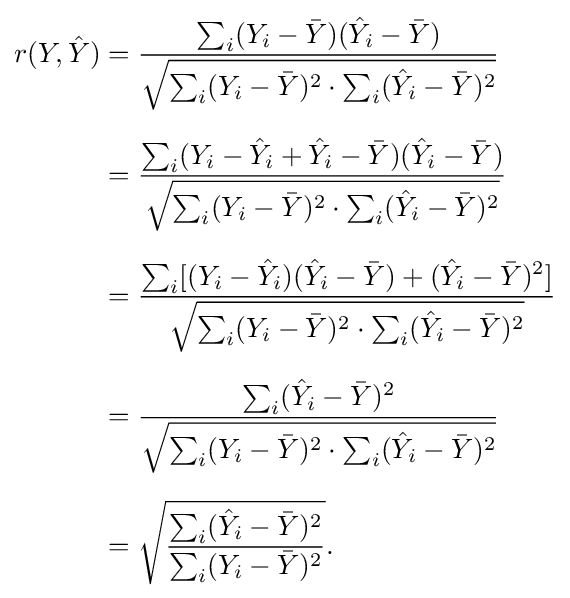
{\begin{aligned}r(Y,{\hat {Y}})&={\frac {\sum _{i}(Y_{i}-{\bar {Y}})({\hat {Y}}_{i}-{\bar {Y}})}{\sqrt {\sum _{i}(Y_{i}-{\bar {Y}})^{2}\cdot \sum _{i}({\hat {Y}}_{i}-{\bar {Y}})^{2}}}}\\[6pt]&={\frac {\sum _{i}(Y_{i}-{\hat {Y}}_{i}+{\hat {Y}}_{i}-{\bar {Y}})({\hat {Y}}_{i}-{\bar {Y}})}{\sqrt {\sum _{i}(Y_{i}-{\bar {Y}})^{2}\cdot \sum _{i}({\hat {Y}}_{i}-{\bar {Y}})^{2}}}}\\[6pt]&={\frac {\sum _{i}[(Y_{i}-{\hat {Y}}_{i})({\hat {Y}}_{i}-{\bar {Y}})+({\hat {Y}}_{i}-{\bar {Y}})^{2}]}{\sqrt {\sum _{i}(Y_{i}-{\bar {Y}})^{2}\cdot \sum _{i}({\hat {Y}}_{i}-{\bar {Y}})^{2}}}}\\[6pt]&={\frac {\sum _{i}({\hat {Y}}_{i}-{\bar {Y}})^{2}}{\sqrt {\sum _{i}(Y_{i}-{\bar {Y}})^{2}\cdot \sum _{i}({\hat {Y}}_{i}-{\bar {Y}})^{2}}}}\\[6pt]&={\sqrt {\frac {\sum _{i}({\hat {Y}}_{i}-{\bar {Y}})^{2}}{\sum _{i}(Y_{i}-{\bar {Y}})^{2}}}}.\end{aligned}}